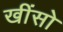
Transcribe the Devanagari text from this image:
खींसो